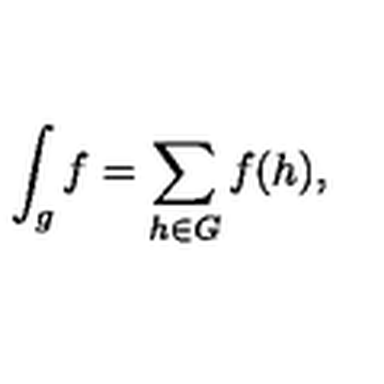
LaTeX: \int _ { g } f = \sum _ { h \in G } f ( h ) ,